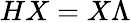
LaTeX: HX=X\Lambda